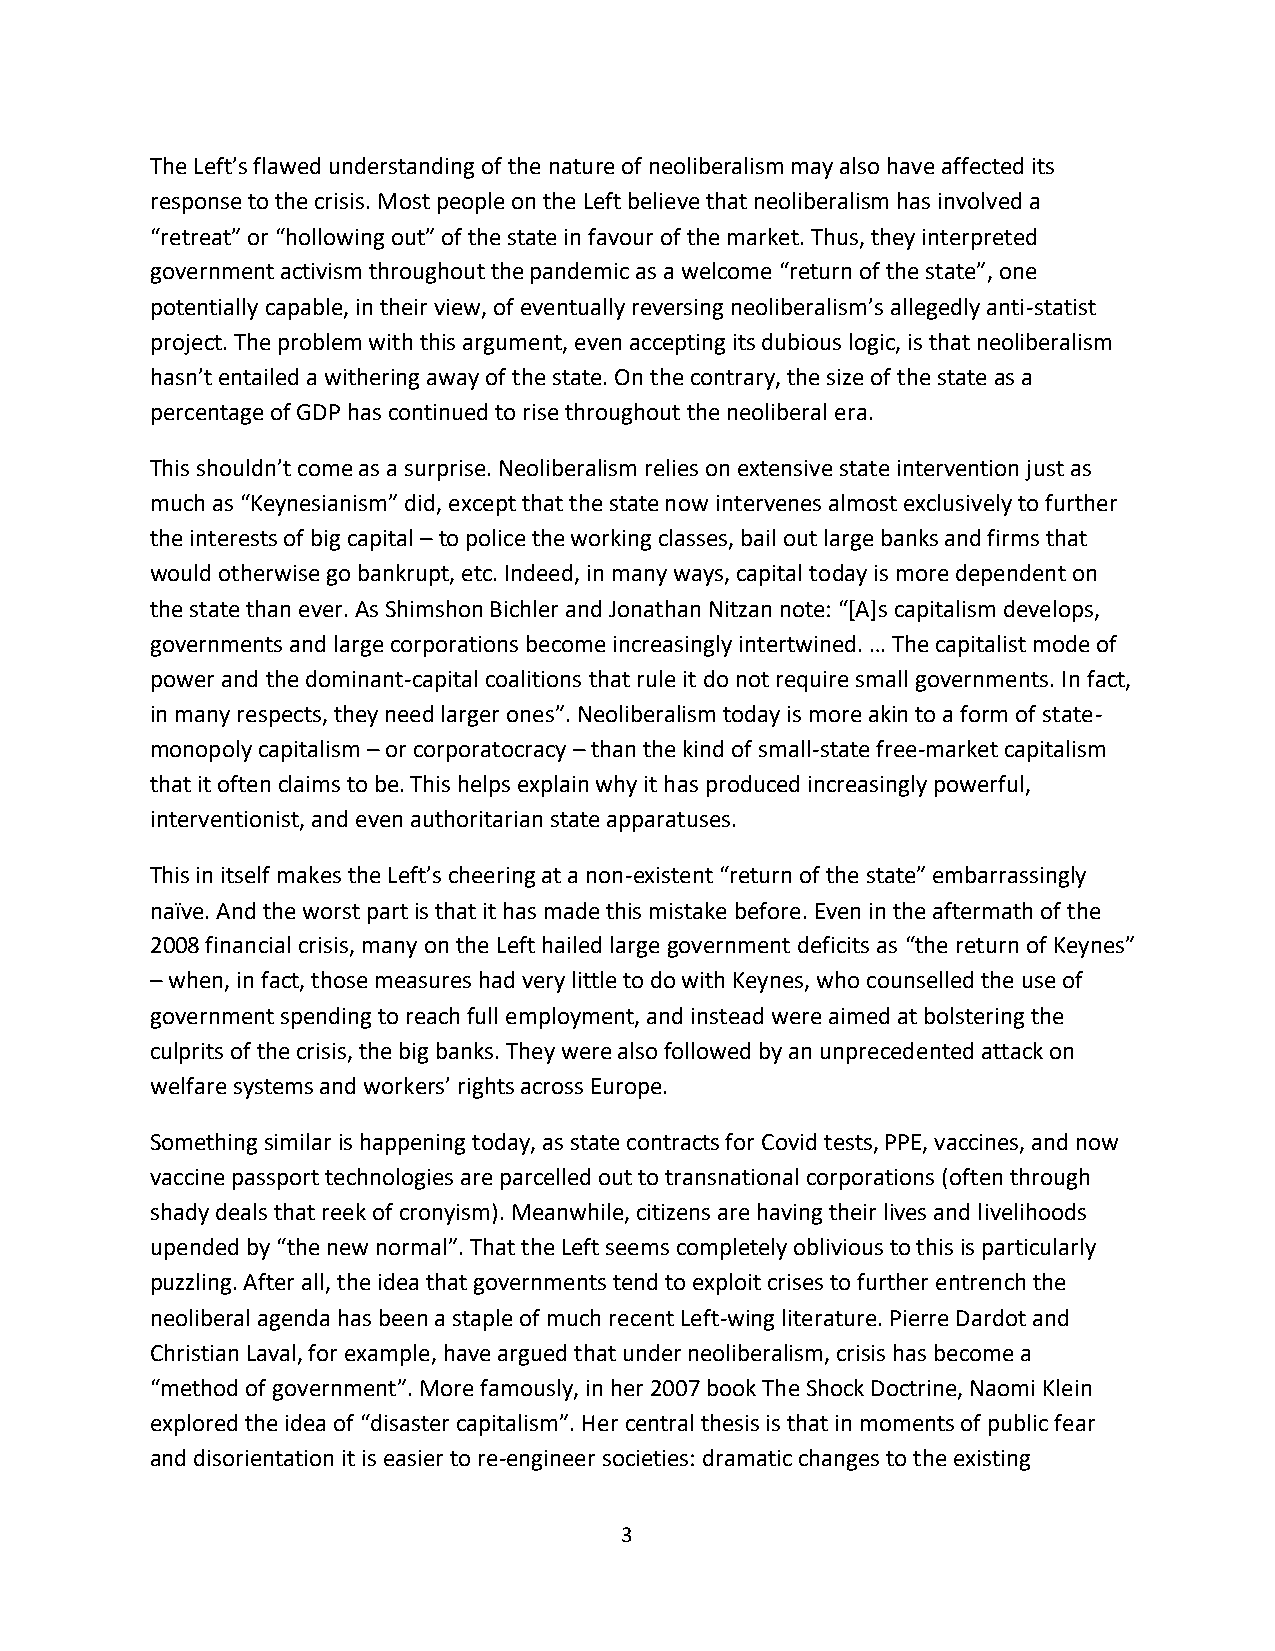
The Left’s flawed understanding of the nature of neoliberalism may also have affected its
 response to the crisis. Most people on the Left believe that neoliberalism has involved a
 “retreat” or “hollowing out” of the state in favour of the market. Thus, they interpreted
 government activism throughout the pandemic as a welcome “return of the state”, one
 potentially capable, in their view, of eventually reversing neoliberalism’s allegedly anti-statist
 project. The problem with this argument, even accepting its dubious logic, is that neoliberalism
 hasn’t entailed a withering away of the state. On the contrary, the size of the state as a
 percentage of GDP has continued to rise throughout the neoliberal era.
 This shouldn’t come as a surprise. Neoliberalism relies on extensive state intervention just as
 much as “Keynesianism” did, except that the state now intervenes almost exclusively to further
 the interests of big capital – to police the working classes, bail out large banks and firms that
 would otherwise go bankrupt, etc. Indeed, in many ways, capital today is more dependent on
 the state than ever. As Shimshon Bichler and Jonathan Nitzan note: “[A]s capitalism develops,
 governments and large corporations become increasingly intertwined. … The capitalist mode of
 power and the dominant-capital coalitions that rule it do not require small governments. In fact,
 in many respects, they need larger ones”. Neoliberalism today is more akin to a form of state-
 monopoly capitalism – or corporatocracy – than the kind of small-state free-market capitalism
 that it often claims to be. This helps explain why it has produced increasingly powerful,
 interventionist, and even authoritarian state apparatuses.
 This in itself makes the Left’s cheering at a non-existent “return of the state” embarrassingly
 naïve. And the worst part is that it has made this mistake before. Even in the aftermath of the
 2008 financial crisis, many on the Left hailed large government deficits as “the return of Keynes”
 – when, in fact, those measures had very little to do with Keynes, who counselled the use of
 government spending to reach full employment, and instead were aimed at bolstering the
 culprits of the crisis, the big banks. They were also followed by an unprecedented attack on
 welfare systems and workers’ rights across Europe.
 Something similar is happening today, as state contracts for Covid tests, PPE, vaccines, and now
 vaccine passport technologies are parcelled out to transnational corporations (often through
 shady deals that reek of cronyism). Meanwhile, citizens are having their lives and livelihoods
 upended by “the new normal”. That the Left seems completely oblivious to this is particularly
 puzzling. After all, the idea that governments tend to exploit crises to further entrench the
 neoliberal agenda has been a staple of much recent Left-wing literature. Pierre Dardot and
 Christian Laval, for example, have argued that under neoliberalism, crisis has become a
 “method of government”. More famously, in her 2007 book The Shock Doctrine, Naomi Klein
 explored the idea of “disaster capitalism”. Her central thesis is that in moments of public fear
 and disorientation it is easier to re-engineer societies: dramatic changes to the existing
 3